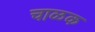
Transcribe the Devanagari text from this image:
चाळक